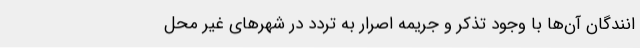
انندگان آن‌ها با وجود تذکر و جریمه اصرار به تردد در شهرهای غیر محل